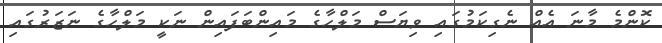
ކޮންމެ މާނަ އެއް ނެގިކަމުގައި ވިޔަސް މަލްހާގެ މައިންބަފައިން ނަކީ މަލްހާގެ ނަޒަރުގައި